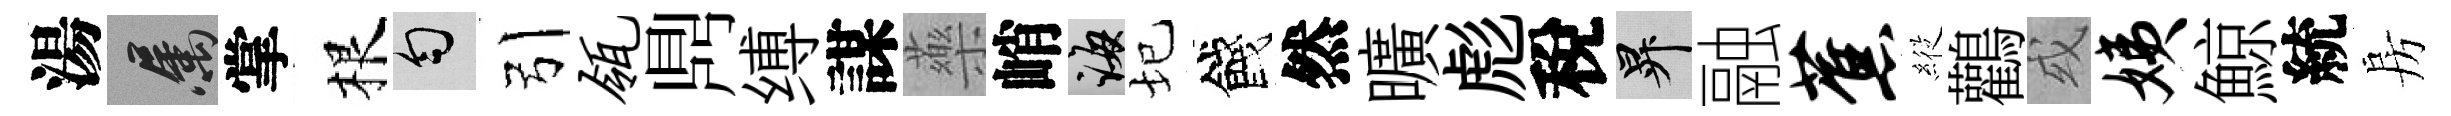
湯屬掌根匀引瓴𪔂缚謀藥峭誨圮餞然曠彪稅升融蕉𦂵鸛或姨鯨統房